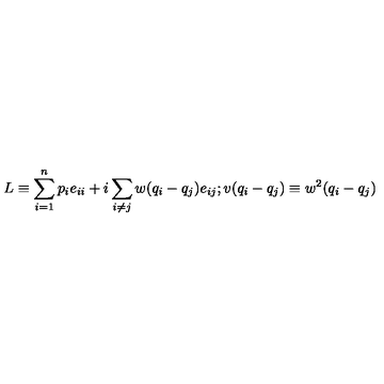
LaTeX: L \equiv \sum _ { i = 1 } ^ { n } p _ { i } e _ { i i } + i \sum _ { i \neq j } w ( q _ { i } - q _ { j } ) e _ { i j } ; v ( q _ { i } - q _ { j } ) \equiv w ^ { 2 } ( q _ { i } - q _ { j } )